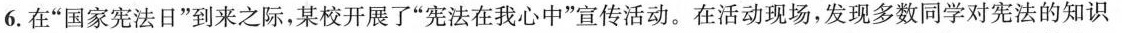
6.在”国家宪法日”到来之际，某校开展了”宪法在我心中”宣传活动。在活动现场，发现多数同学对宪法的知识